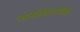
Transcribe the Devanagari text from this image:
कार्यजीवनशैली